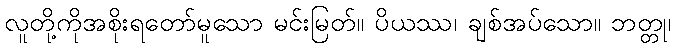
လူတို့ကိုအစိုးရတော်မူသော မင်းမြတ်။ ပိယဿ၊ ချစ်အပ်သော။ ဘတ္တု၊